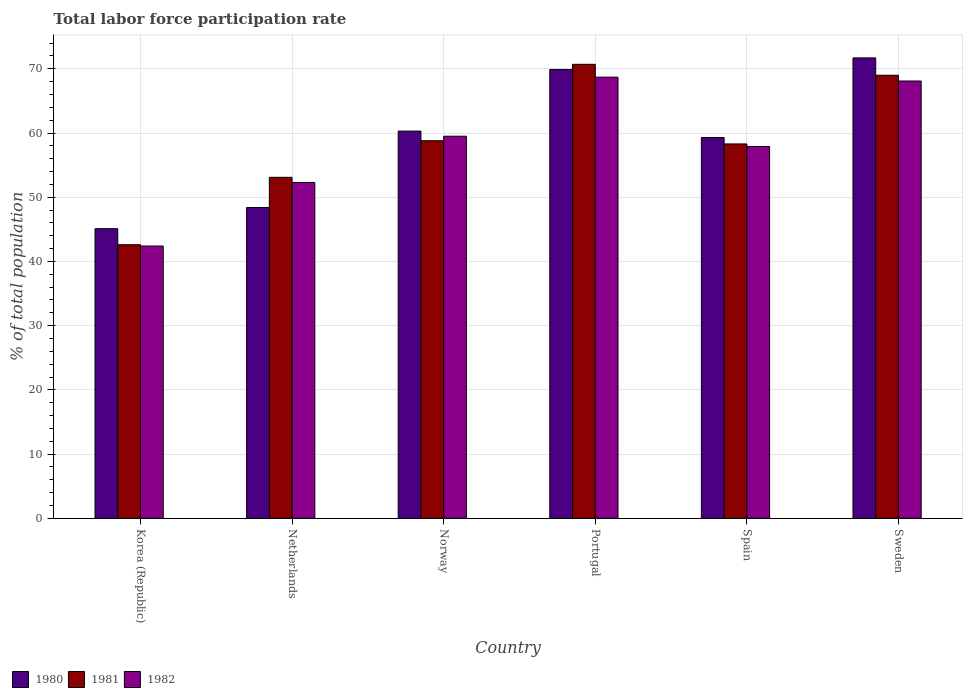
| Country | 1980 | 1981 | 1982 |
 | --- | --- | --- | --- |
 | Korea (Republic) | 45.1 | 42.6 | 42.4 |
 | Netherlands | 48.4 | 53.1 | 52.3 |
 | Norway | 60.3 | 58.8 | 59.5 |
 | Portugal | 69.9 | 70.7 | 68.7 |
 | Spain | 59.3 | 58.3 | 57.9 |
 | Sweden | 71.7 | 69 | 68.1 |